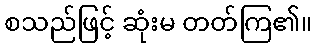
စသည်ဖြင့် ဆုံးမ တတ်ကြ၏။